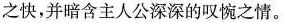
之快，并暗含主人公深深的叹惋之情。